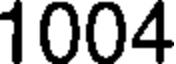
1004